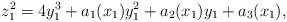
LaTeX: \begin{align*}z_1^2 =4 y_1^3 + a_1 (x_1) y_1^2 + a_2(x_1) y_1 + a_3(x_1),\end{align*}